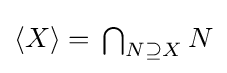
{\textstyle \langle X\rangle =\,\bigcap _{N\supseteq X}N}